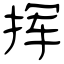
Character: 挥